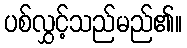
ပစ်လွှင့်သည်မည်၏။